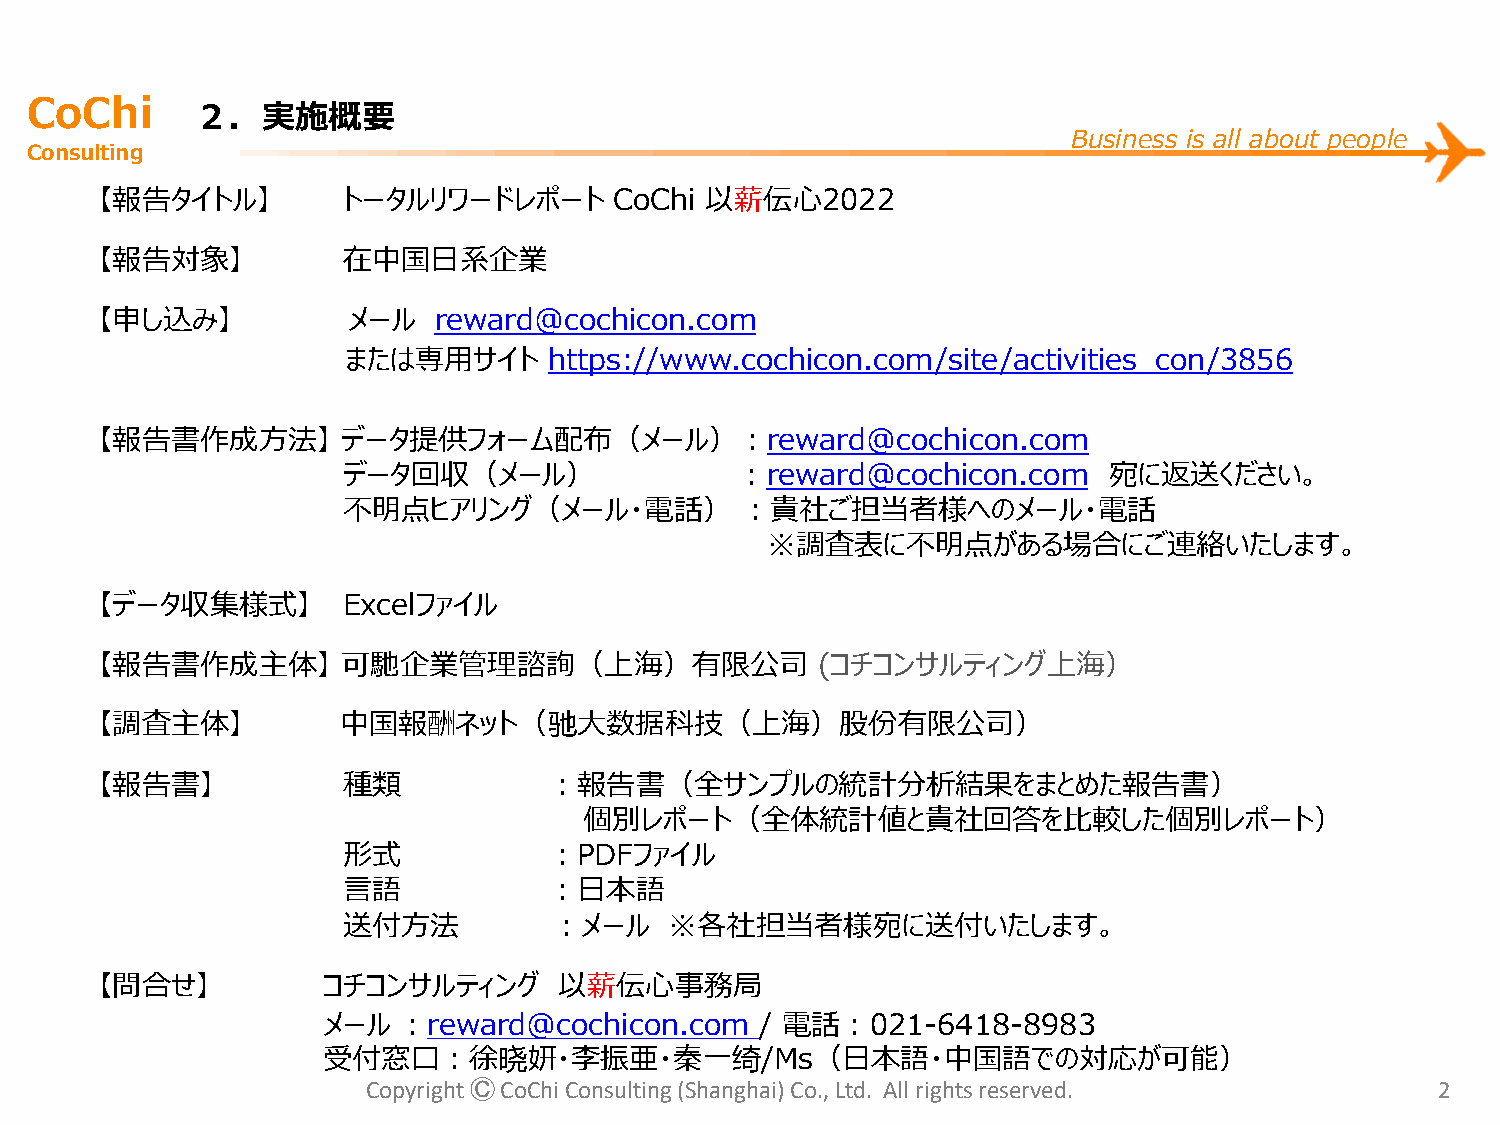
CoChi
 ２．実施概要
 Business is all about people
 Consulting
 【報告タイトル】         トータルリワードレポート      CoChi 以薪伝心2022
 【報告対象】           在中国日系企業
 【申し込み】           メール   reward@cochicon.com
 または専用サイト     https://www.cochicon.com/site/activities_con/3856
 【報告書作成方法】        データ提供フォーム配布（メール）：reward@cochicon.com
 データ回収（メール）                ：reward@cochicon.com    宛に返送ください。
 不明点ヒアリング（メール・電話）          ：貴社ご担当者様へのメール・電話
 ※調査表に不明点がある場合にご連絡いたします。
 【データ収集様式】        Excelファイル
 【報告書作成主体】        可馳企業管理諮詢（上海）有限公司               (コチコンサルティング上海）
 【調査主体】           中国報酬ネット（驰大数据科技（上海）股份有限公司）
 【報告書】            種類           ：報告書（全サンプルの統計分析結果をまとめた報告書）
 個別レポート（全体統計値と貴社回答を比較した個別レポート）
 形式           ：PDFファイル
 言語           ：日本語
 送付方法          ：メール   ※各社担当者様宛に送付いたします。
 【問合せ】          コチコンサルティング      以薪伝心事務局
 メール  ：reward@cochicon.com    / 電話：021-6418-8983
 受付窓口：徐晓妍・李振亜・秦一绮/Ms（日本語・中国語での対応が可能）
 Copyright ⒸCoChi Consulting (Shanghai) Co., Ltd. All rights reserved.  2